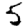
Digit: 5